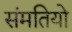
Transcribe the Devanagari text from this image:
संमतियो